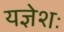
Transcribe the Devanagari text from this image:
यज्ञेशः